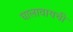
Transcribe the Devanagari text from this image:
घालावायची